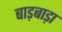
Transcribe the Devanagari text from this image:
बाड़बाड़ा